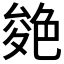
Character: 𦫝